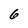
Character: 6